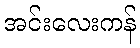
အင်းလေးကန်